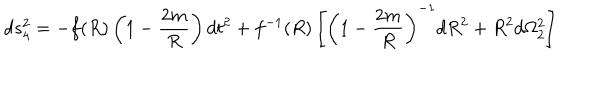
LaTeX: d s _ { 4 } ^ { 2 } = - f ( R ) \left( 1 - \frac { 2 m } { R } \right) d t ^ { 2 } + f ^ { - 1 } ( R ) \left[ \left( 1 - \frac { 2 m } { R } \right) ^ { - 1 } d R ^ { 2 } + R ^ { 2 } d \Omega _ { 2 } ^ { 2 } \right]